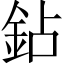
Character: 鉆